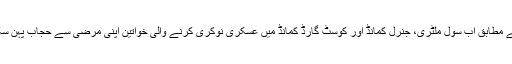
حکم کے مطابق اب سول ملٹری، جنرل کمانڈ اور کوسٹ گارڈ کمانڈ میں عسکری نوکری کرنے والی خواتین اپنی مرضی سے حجاب پہن سکیں گی۔